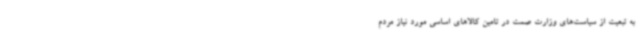
به تبعیت از سیاست‌های وزارت صمت در تامین کالاهای اساسی مورد نیاز مردم